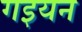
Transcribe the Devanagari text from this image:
गइयन